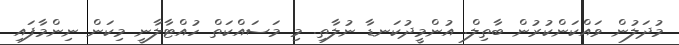
މުދަލުން ވައްކަންކުރުން ބާތިލް. އުންމީދުކަނޑާ ނުލާތި. މި މަސައްކަތް ހުއްޓާލާނީ މިކަން ނިންމާފައި